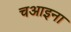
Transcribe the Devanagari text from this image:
चआइना